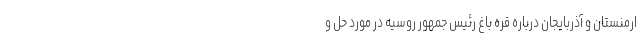
ارمنستان و آذربایجان درباره قره باغ رئیس جمهور روسیه در مورد حل و